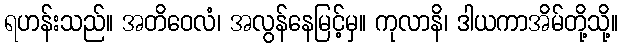
ရဟန်းသည်။ အတိဝေလံ၊ အလွန်နေမြင့်မှ။ ကုလာနိ၊ ဒါယကာအိမ်တို့သို့။